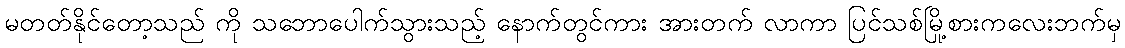
မတတ်နိုင်တော့သည် ကို သဘောပေါက်သွားသည့် နောက်တွင်ကား အားတက် လာကာ ပြင်သစ်မြို့စားကလေးဘက်မှ